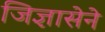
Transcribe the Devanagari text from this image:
जिज्ञासेने